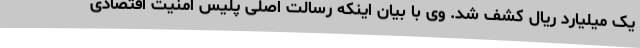
یک میلیارد ریال کشف شد. وی با بیان اینکه رسالت اصلی پلیس امنیت اقتصادی